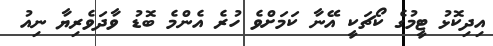
އިދިކޮޅު ޓީމުގެ ކޯޗަކީ އޭނާ ކަމަށްވެ ހުރެ އެންމެ ބޮޑު ވާދަވެރިޔާ ނިއު